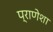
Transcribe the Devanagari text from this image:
प्राणेशा